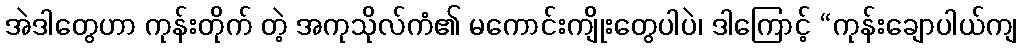
အဲဒါတွေဟာ ကုန်းတိုက် တဲ့ အကုသိုလ်ကံ၏ မကောင်းကျိုးတွေပါပဲ၊ ဒါကြောင့် “ကုန်းချောပါယ်ကျ